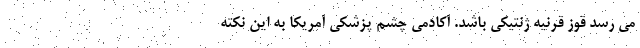
می رسد قوز قرنیه ژنتیکی باشد. آکادمی چشم پزشکی آمریکا به این نکته